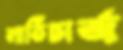
লাঠিচার্জ